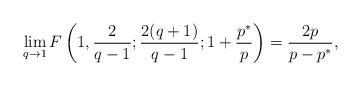
LaTeX: \begin{align*} \lim_{q\rightarrow 1} F\left(1,\frac {2} {q-1};\frac{2(q+1)} {q-1}; 1+\frac {p^{\ast}} {p}\right)= \frac {2p}{p-p^{\ast}},\end{align*}